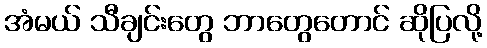
အံမယ် သီချင်းတွေ ဘာတွေတောင် ဆိုပြလို့